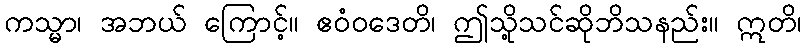
ကသ္မာ၊ အဘယ် ကြောင့်။ ဧဝံဝဒေတိ၊ ဤသို့သင်ဆိုဘိသနည်း။ ဣတိ၊